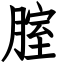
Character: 腟